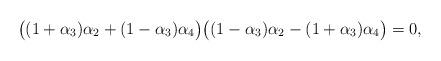
LaTeX: \begin{align*}\big((1+ \alpha_3)\alpha_2 + (1 - \alpha_3 )\alpha_4 \big)\big((1- \alpha_3)\alpha_2 - (1 + \alpha_3 )\alpha_4 \big) = 0,\end{align*}